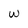
Character: w